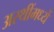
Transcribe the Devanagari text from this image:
अस्थींमध्यें